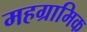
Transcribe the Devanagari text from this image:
महग्रामिक